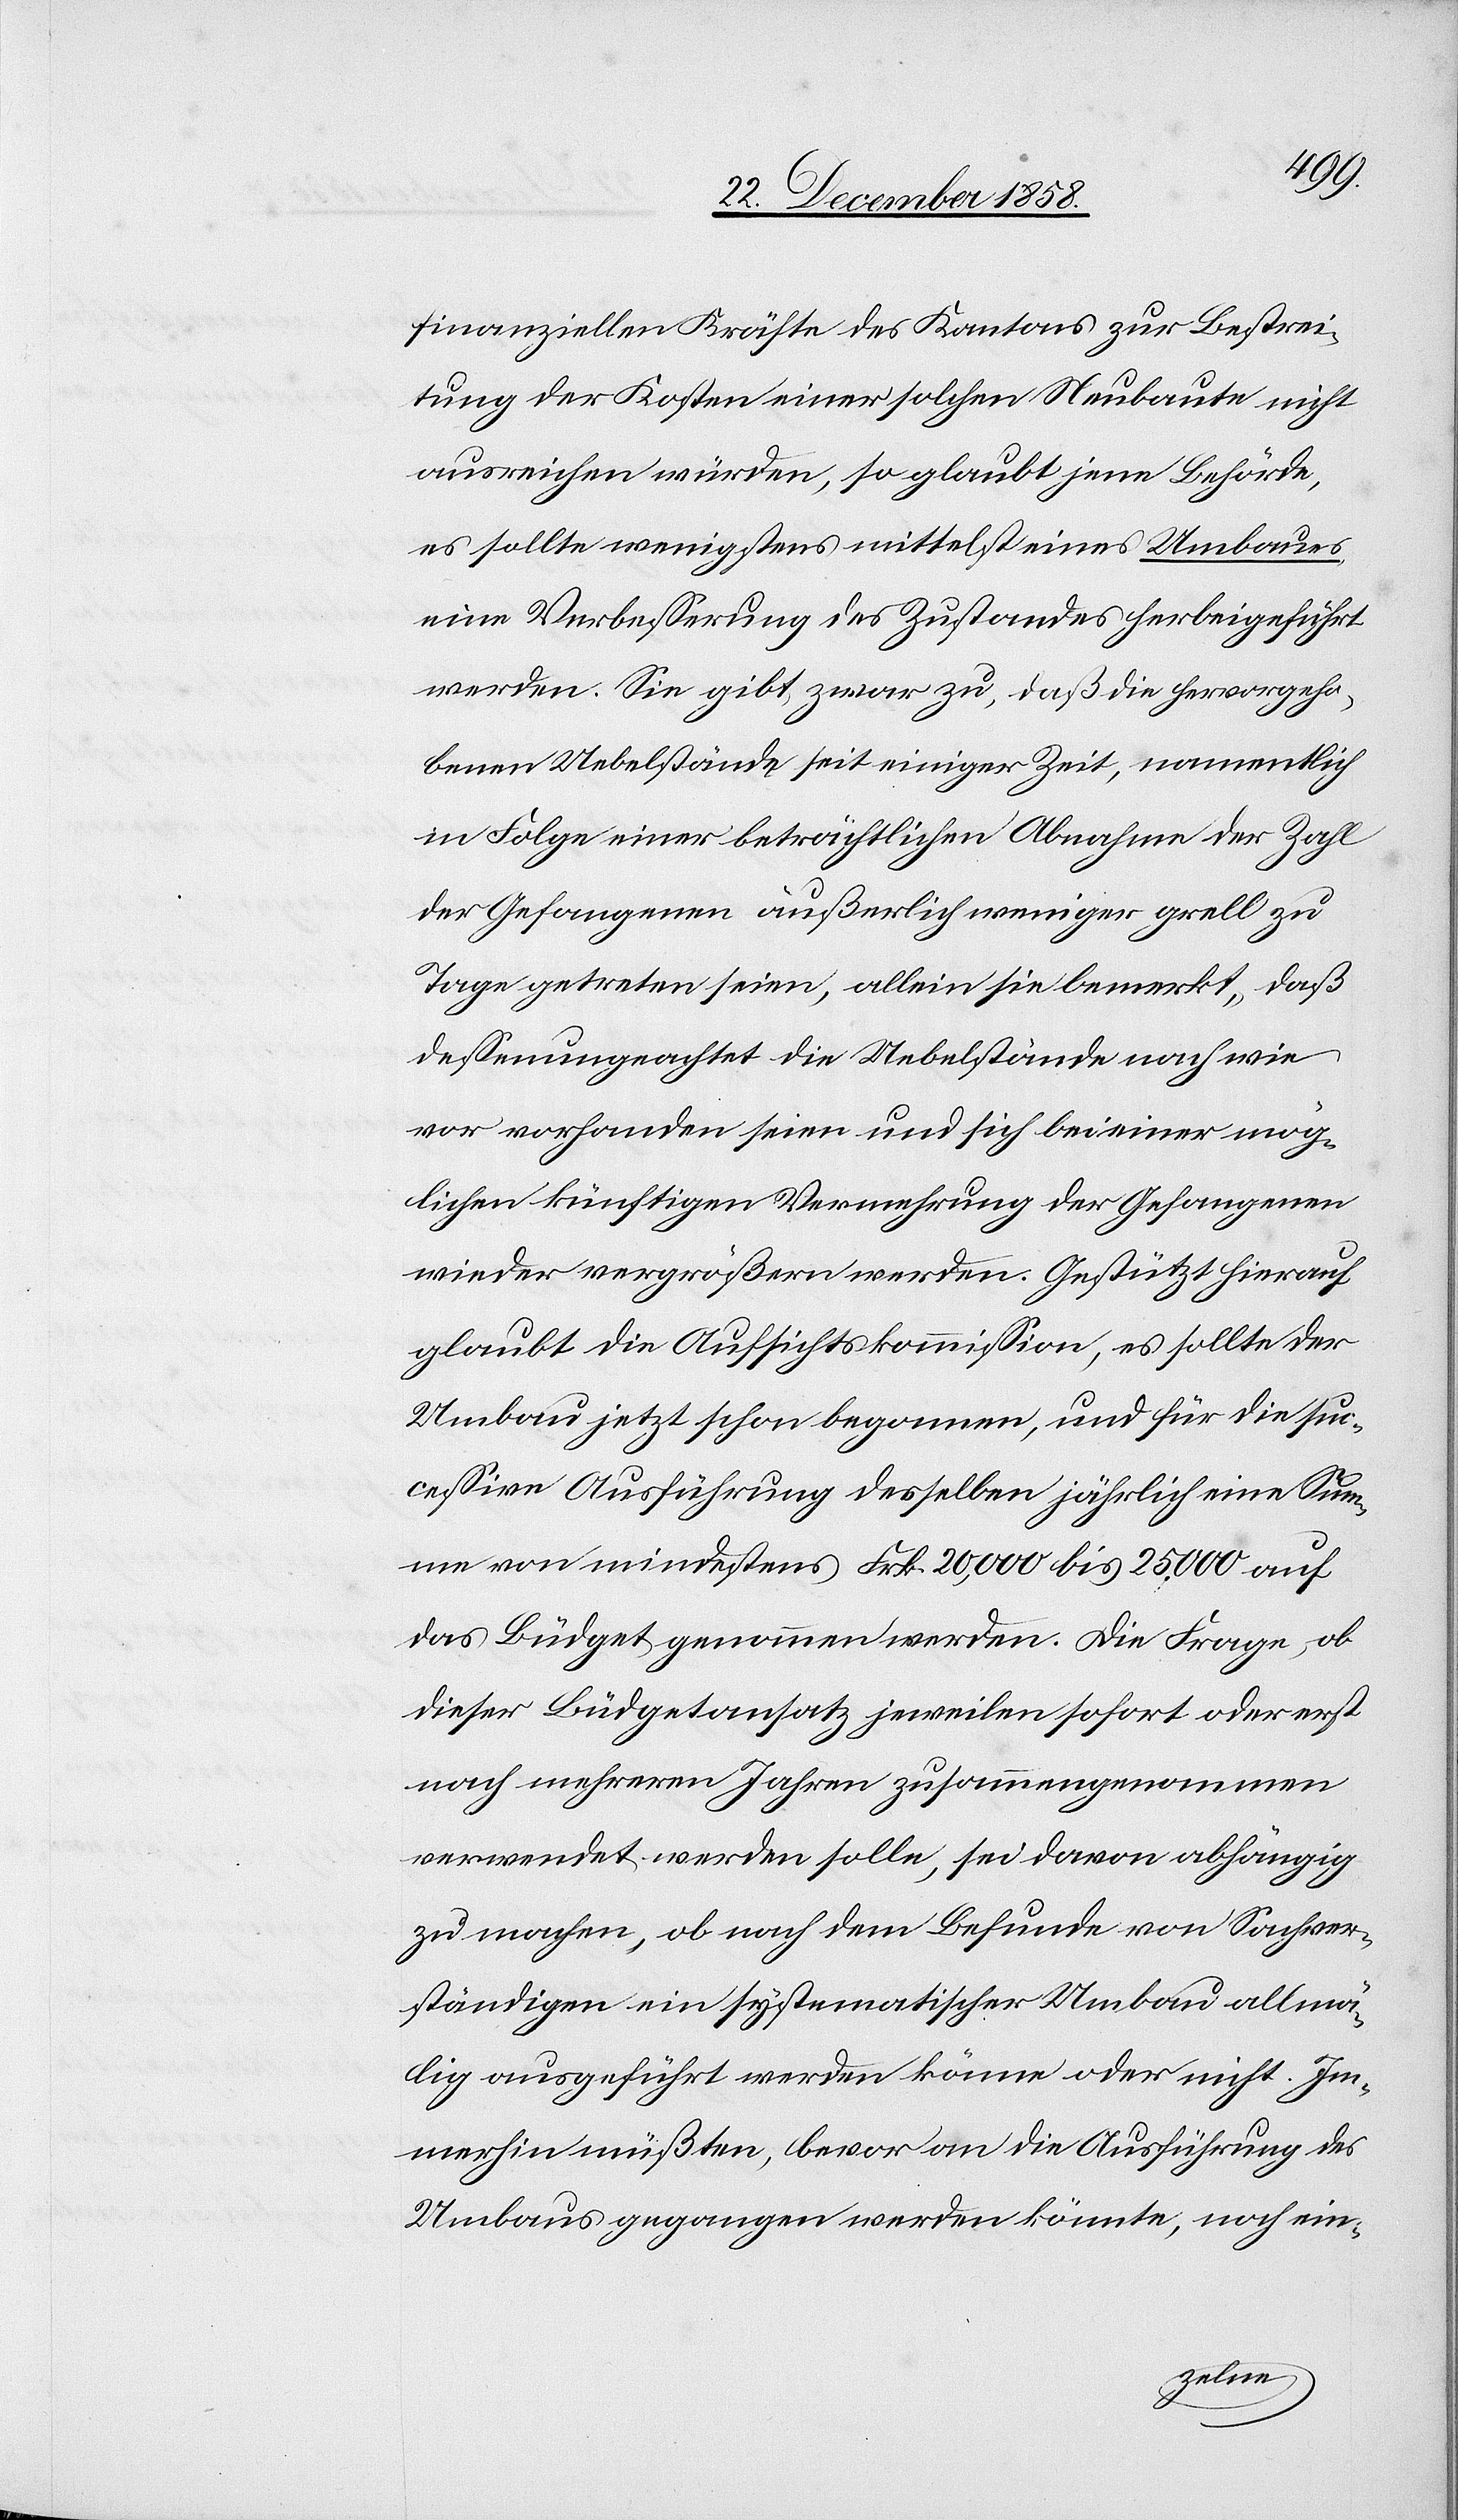
finanziellen Kräfte des Kantons zur Bestrei¬
tung der Kosten einer solchen Neubaute nicht
ausreichen würden, so glaubt jene Behörde,
es sollte wenigstens mittelst eines Umbaues
eine Verbesserung des Zustandes herbeigeführt
werden. Sie gibt zwar zu, daß die hervorgeho¬
benen Uebelstände seit einiger Zeit, namentlich
in Folge einer beträchtlichen Abnahme der Zahl
der Gefangenen äußerlich weniger grell zu
Tage getreten seien, allein sie bemerkt, daß
dessenungeachtet die Uebelstände nach wie
vor vorhanden seien und sich bei einer mög¬
lichen künftigen Vermehrung der Gefangenen
wieder vergrößern werden. Gestützt hierauf
glaubt die Aufsichtskommission, es sollte der
Umbau jetzt schon begonnen, und für die suc¬
cessive Ausführung desselben jährlich eine Sum¬
me von mindestens Frk. 20,000 bis 25,000 auf
das Büdget genommen werden. Die Frage, ob
dieser Büdgetansatz jeweilen sofort oder erst
nach mehreren Jahren zusammengenommen
verwendet werden solle, sei davon abhängig
zu machen, ob nach dem Befunde von Sachver¬
ständigen ein systematischer Umbau allmä¬
lig ausgeführt werden könne oder nicht. Im¬
merhin müßten, bevor an die Ausführung des
Umbaus gegangen werden könnte, noch ein-